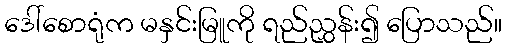
ဒေါ်စောရုံက မနှင်းမြူကို ရည်ညွှန်း၍ ပြောသည်။